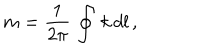
m = { \frac { 1 } { 2 \pi } } \, \oint \, k \, d l \, ,